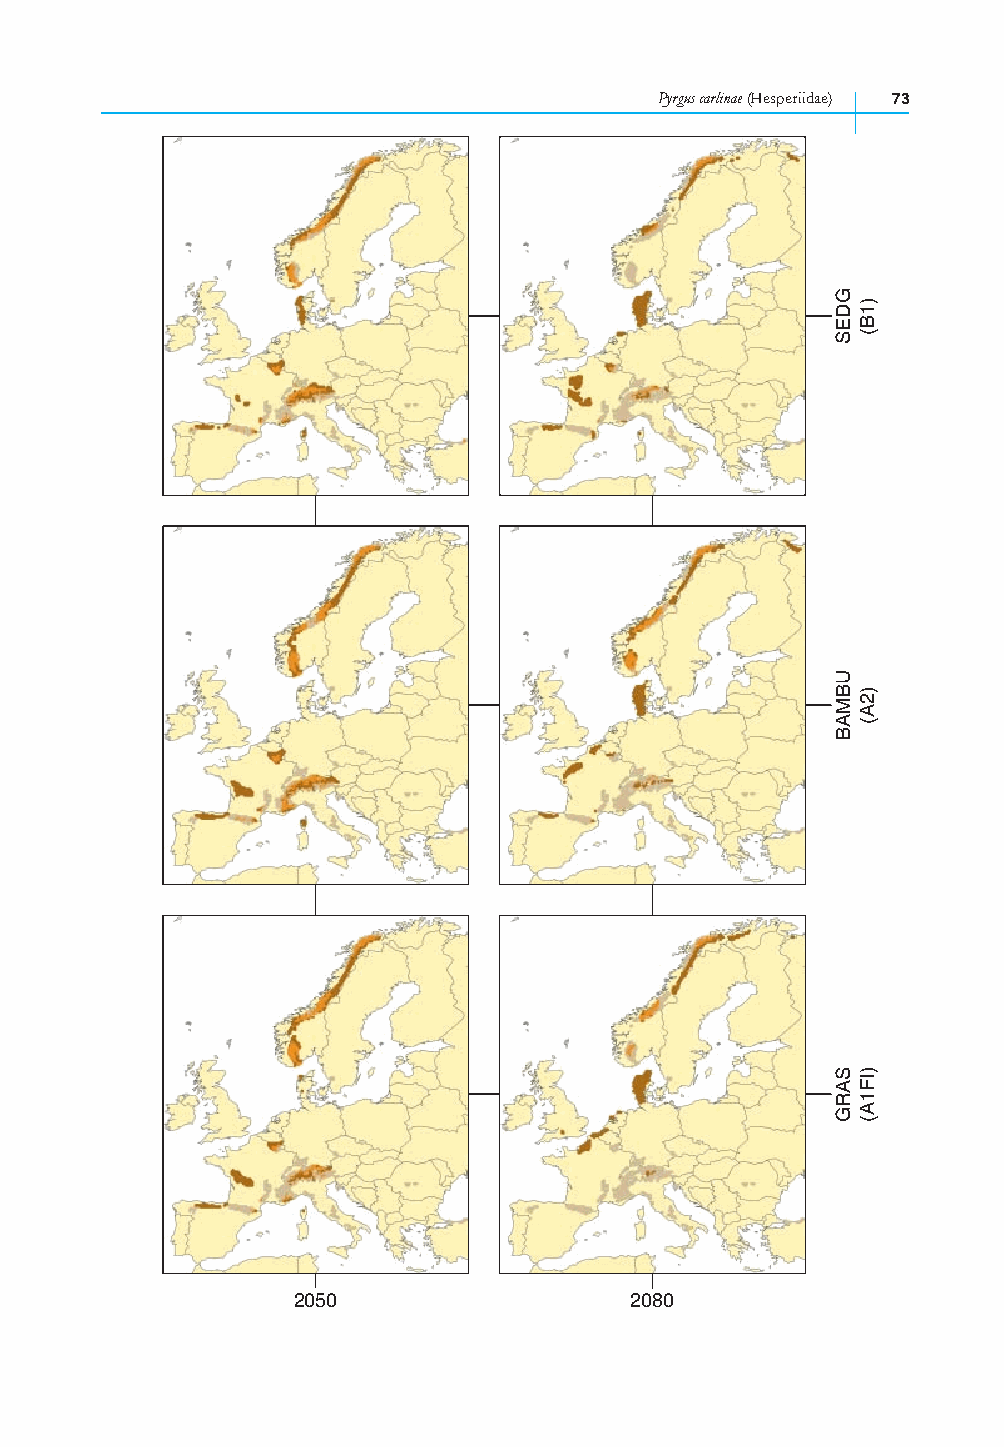
Pyrgus carlinae (Hesperiidae) 73
 2050                   2080
 GDES
 UBMAB
 SARG
 )1B(
 )2A(
 )IF1A(